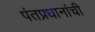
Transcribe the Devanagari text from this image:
पंतप्रधानांची